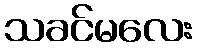
သခင်မလေး